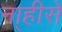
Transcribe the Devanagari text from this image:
ना्हीसे